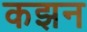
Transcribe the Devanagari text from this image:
कझन